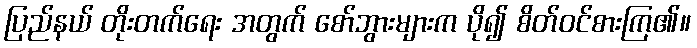
ပြည်နယ် တိုးတက်ရေး အတွက် စော်ဘွားများက ပို၍ စိတ်ဝင်စားကြ၏။